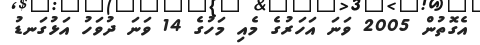
އެގޮތުން 2005 ވަނަ އަހަރުގެ މެއި މަހުގެ 14 ވަނަ ދުވަހު އަޅުގަނޑު